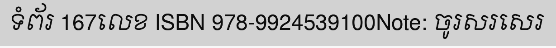
ទំព័រ 167លេខ ISBN 978-9924539100Note: ចូរសរសេរ